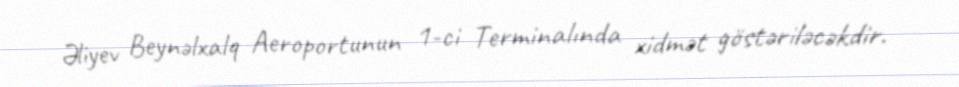
Əliyev Beynəlxalq Aeroportunun 1-ci Terminalında xidmət göstəriləcəkdir.